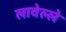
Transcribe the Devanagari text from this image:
लावेल्ले